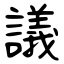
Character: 議